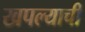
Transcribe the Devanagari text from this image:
खपल्याची